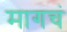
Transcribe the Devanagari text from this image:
मागचं